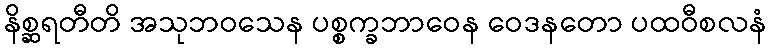
နိစ္ဆရတီတိ အသုဘဝသေန ပစ္စက္ခဘာဝေန ဝေဒနတော ပထဝီစလနံ